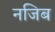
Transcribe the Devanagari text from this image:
नजिब